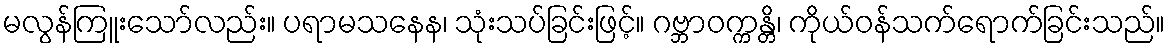
မလွန်ကြူးသော်လည်း။ ပရာမသနေန၊ သုံးသပ်ခြင်းဖြင့်။ ဂဗ္ဘာဝက္ကန္တိ၊ ကိုယ်ဝန်သက်ရောက်ခြင်းသည်။